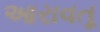
આરાવતૂ